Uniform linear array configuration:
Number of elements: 48
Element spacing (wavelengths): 0.25
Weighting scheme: hann
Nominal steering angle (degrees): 45
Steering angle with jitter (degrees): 45.808
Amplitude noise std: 0.05
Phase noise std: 0.05

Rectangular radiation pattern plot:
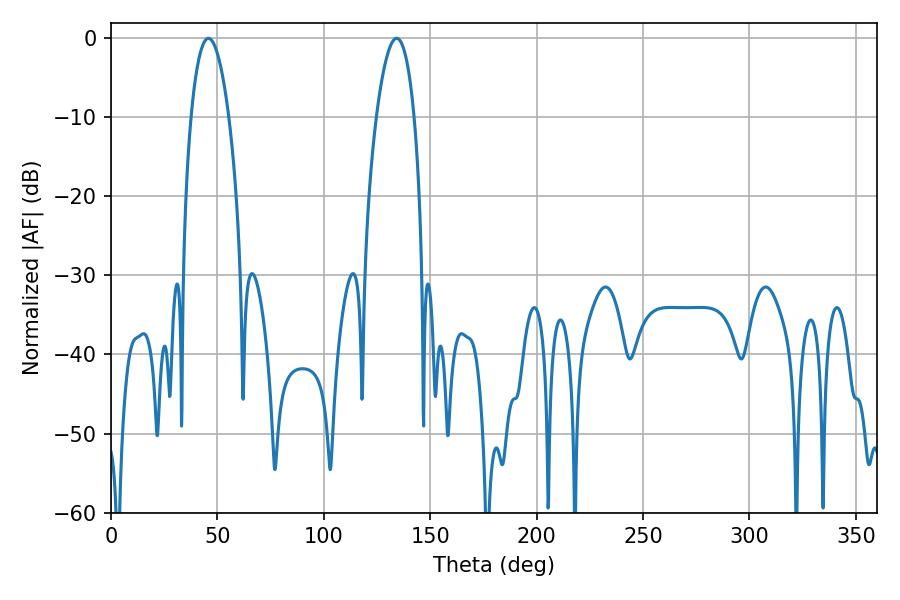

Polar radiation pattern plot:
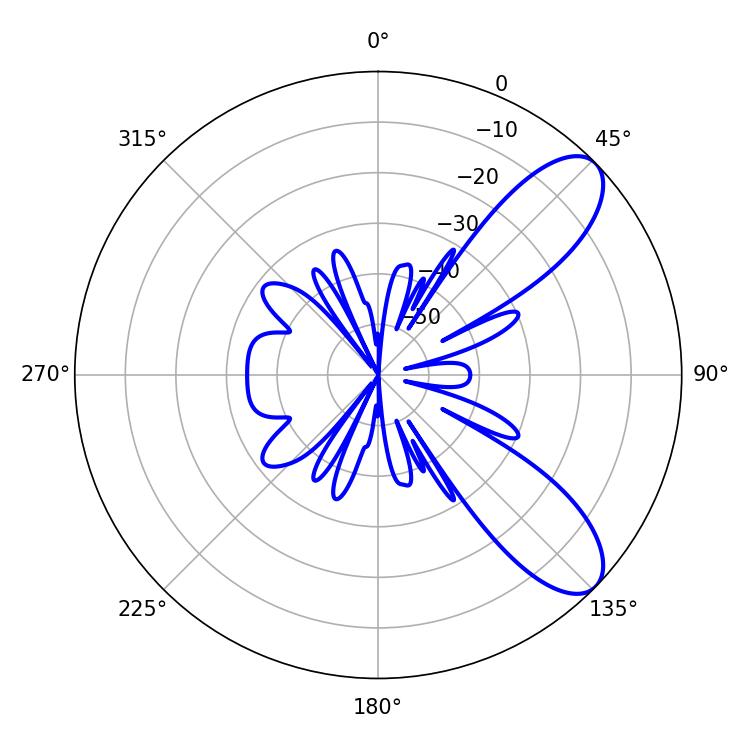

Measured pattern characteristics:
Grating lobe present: FALSE
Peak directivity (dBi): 8.787
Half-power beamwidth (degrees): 9.9
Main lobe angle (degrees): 45.72